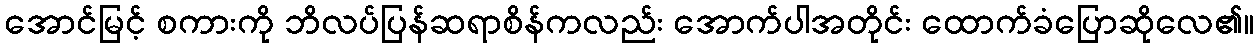
အောင်မြင့် စကားကို ဘိလပ်ပြန်ဆရာစိန်ကလည်း အောက်ပါအတိုင်း ထောက်ခံပြောဆိုလေ၏။